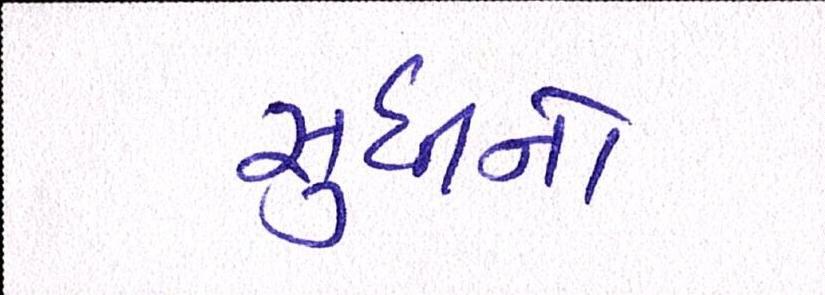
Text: સુધીનો